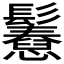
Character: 𩯲